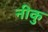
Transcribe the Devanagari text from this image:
नीकु